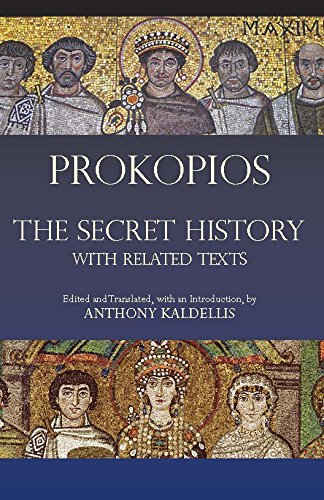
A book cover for The Secret History: with Related Texts (Hackett Classics); Prokopios; History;